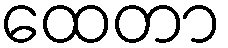
ထေတာ